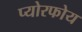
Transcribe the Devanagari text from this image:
प्योरफोय